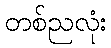
တစ်ညလုံး